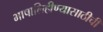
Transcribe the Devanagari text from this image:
भाषालिहीण्यासाठीची